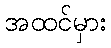
အထင်မှား